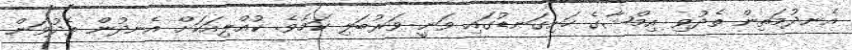
އެނދުމަތިން ތެދުވި އިމްޝާގެ ހަށިގަނޑުގައި ވަނީ ވަރުބަލި ކަމެވެ. ކުއްލިއަކަށް އެނދުން ތެދުވަން